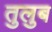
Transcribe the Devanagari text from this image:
तुलुब